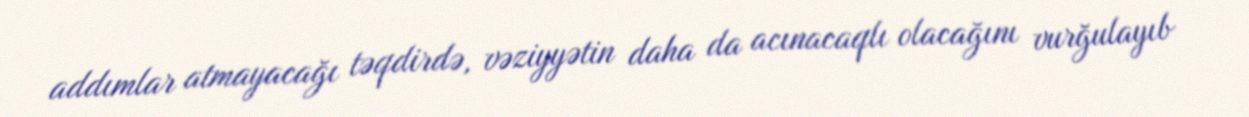
addımlar atmayacağı təqdirdə, vəziyyətin daha da acınacaqlı olacağını vurğulayıb